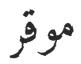
موقر